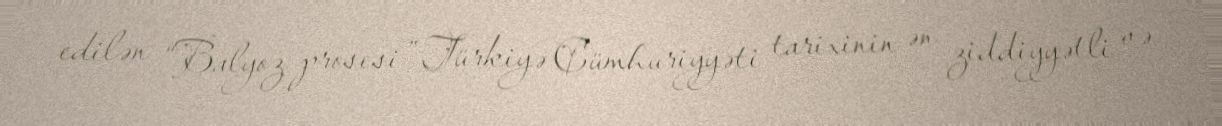
edilən “Balyoz prosesi” Türkiyə Cümhuriyyəti tarixinin ən ziddiyyətli və